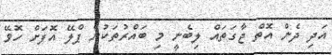
އަދި ދެން އޮތް ޖާގަތައް ލިބެނީ މި ބައްރުތަކުން ޕްލޭ އޮފަށް ހޮވޭ